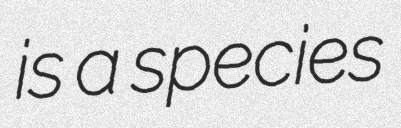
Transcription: is a species